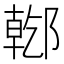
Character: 𨝌